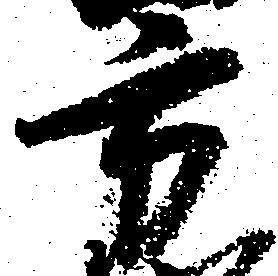
方